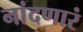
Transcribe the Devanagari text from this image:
नांदणारं